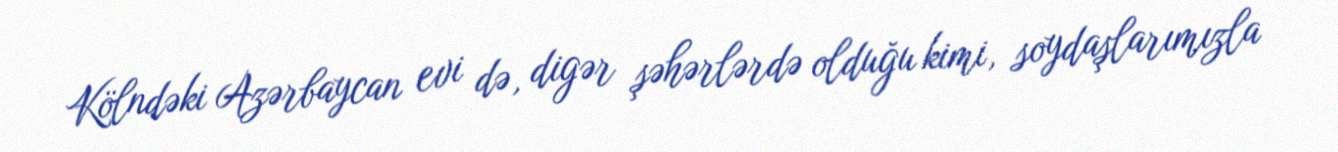
Kölndəki Azərbaycan evi də, digər şəhərlərdə olduğu kimi, soydaşlarımızla